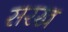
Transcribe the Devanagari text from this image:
सरख